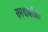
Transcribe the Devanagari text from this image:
समर्थांबरोबर